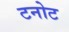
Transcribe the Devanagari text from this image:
टनोट